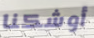
أوشكنا